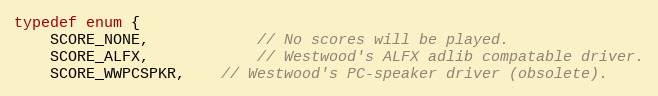
Language: C
typedef enum {
	SCORE_NONE,			// No scores will be played.
	SCORE_ALFX,			// Westwood's ALFX adlib compatable driver.
	SCORE_WWPCSPKR,	// Westwood's PC-speaker driver (obsolete).